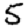
Digit: 5